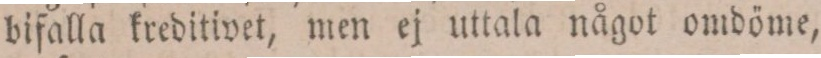
bifalla kreditivet, men ej uttala något omdöme,